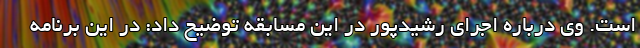
است. وی درباره اجرای رشیدپور در این مسابقه توضیح داد: در این برنامه